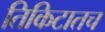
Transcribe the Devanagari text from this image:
तिकिटातच